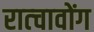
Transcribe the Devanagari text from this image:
रात्चावोंग